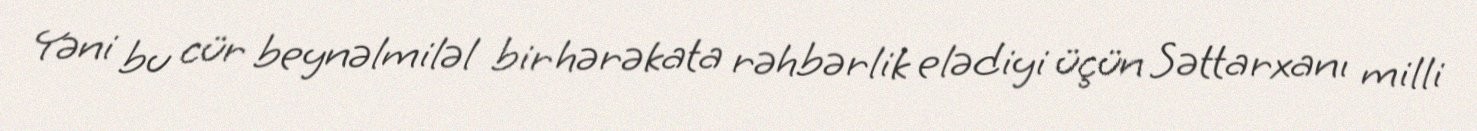
Yəni bu cür beynəlmiləl bir hərəkata rəhbərlik elədiyi üçün Səttarxanı milli